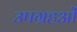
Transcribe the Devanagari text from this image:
उपग्रहओं